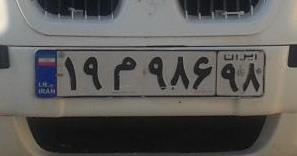
۱۹م۹۸۶۹۸